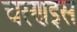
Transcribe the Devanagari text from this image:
चरणइस